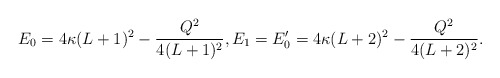
\begin{align*} E_0 = 4\kappa(L+1)^2 - \frac{Q^2}{4(L+1)^2}, E_1 = E'_0 = 4\kappa(L+2)^2 - \frac{Q^2}{4(L+2)^2}. \end{align*}